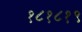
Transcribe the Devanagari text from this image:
१८१८१९